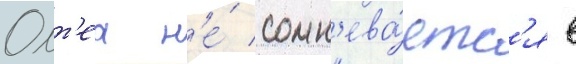
Олт'еа н'е́ сомн'ева́етс'я в